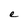
Character: e